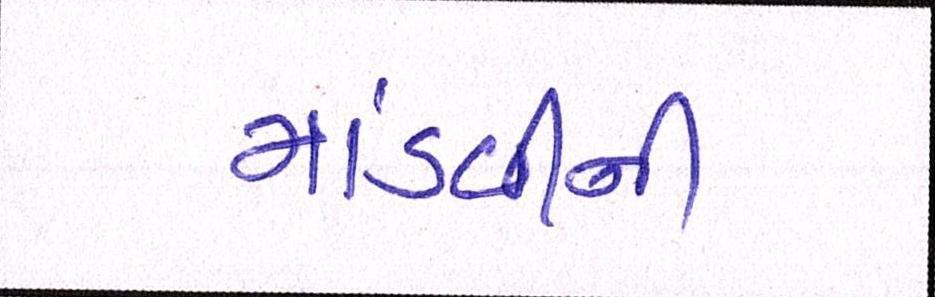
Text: માંડવીની